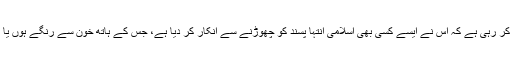
اگرچہ حالات و واقعات واضح نہیں، لیکن لبنانی حکومت یہ دعویٰ کر رہی ہے کہ اس نے ایسے کسی بھی اسلامی انتہا پسند کو چھوڑنے سے انکار کر دیا ہے، جس کے ہاتھ خون سے رنگے ہوں یا اس نے دہشت گردی کی کسی کارروائی میں فعال کردار ادا کیا ہو۔